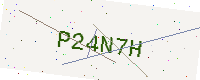
Text: P24N7H